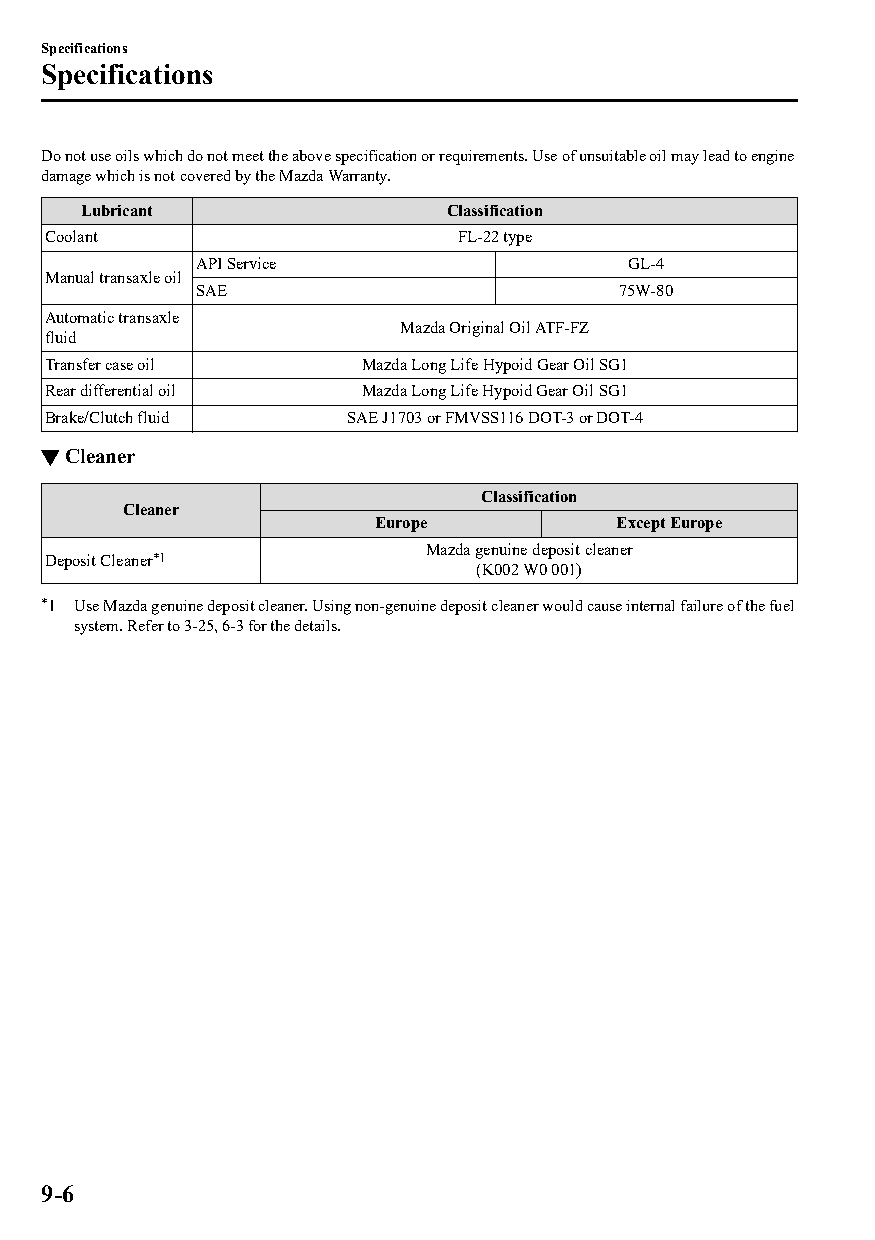
Specifications
 Specifications
 Do not use oils which do not meet the above specification or requirements. Use of unsuitable oil may lead to engine
 damage which is not covered by the Mazda Warranty.
 Lubricant               Classification
 Coolant                    FL-22 type
 API Service                 GL-4
 Manual transaxle oil
 SAE                         75W-80
 Automatic transaxle
 Mazda Original Oil ATF-FZ
 fluid
 Transfer case oil    Mazda Long Life Hypoid Gear Oil SG1
 Rear differential oil Mazda Long Life Hypoid Gear Oil SG1
 Brake/Clutch fluid  SAE J1703 or FMVSS116 DOT-3 or DOT-4
 ▼Cleaner
 Classification
 Cleaner
 Europe          Except Europe
 Mazda genuine deposit cleaner
 Deposit Cleaner*1
 (K002 W0 001)
 *1 Use Mazda genuine deposit cleaner. Using non-genuine deposit cleaner would cause internal failure of the fuel
 system. Refer to 3-25, 6-3 for the details.
 9-6
 CX-3_8GT4-EE-18D_Edition4                  2018-9-6 18:32:19